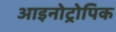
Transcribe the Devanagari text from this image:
आइनोट्रोपिक